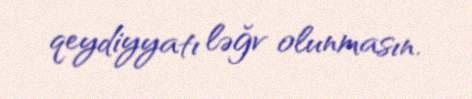
qeydiyyatı ləğv olunmasın.